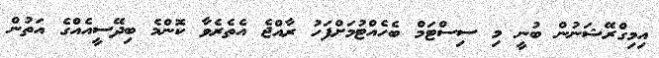
އިމިގްރޭޝަނުން ބުނީ މި ސިސްޓަމް ބެހެއްޓުމަށްފަހު ރާއްޖެ އެތެރެވާ ކޮންމެ ބިދޭސީއެއްގެ އަތުން